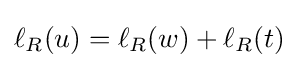
\ell _{R}(u)=\ell _{R}(w)+\ell _{R}(t)